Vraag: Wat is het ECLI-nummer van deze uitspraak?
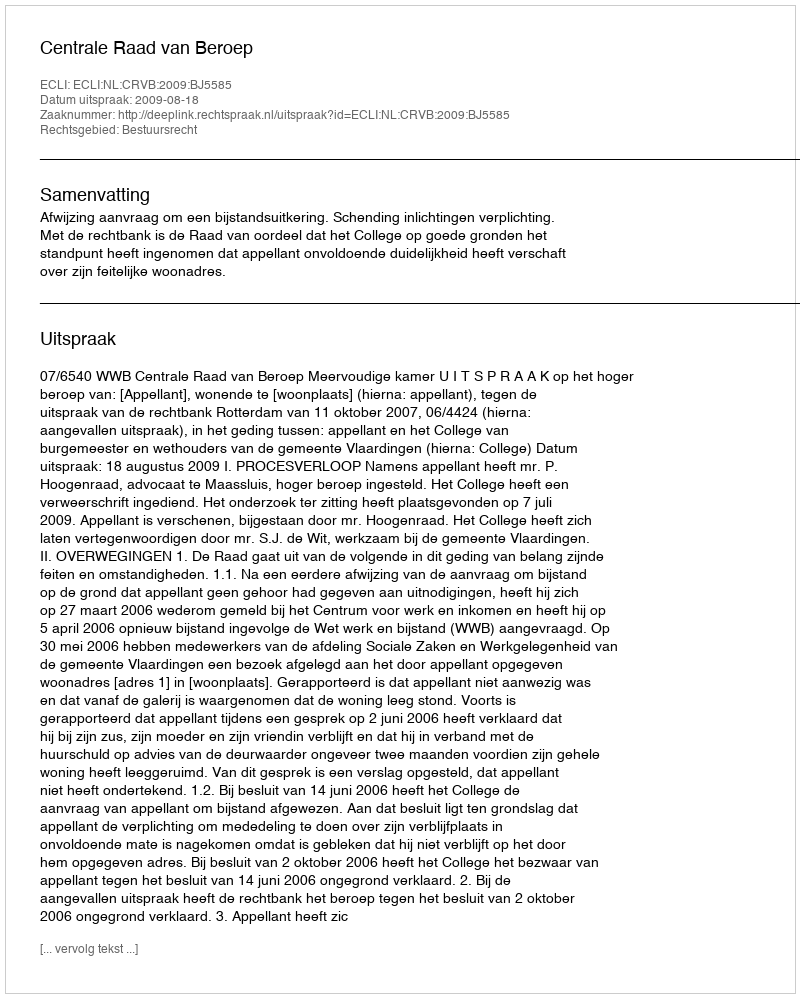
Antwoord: ECLI:NL:CRVB:2009:BJ5585